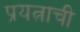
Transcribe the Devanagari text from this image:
प्रयत्नाची